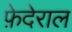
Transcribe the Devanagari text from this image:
फ़ेदेराल